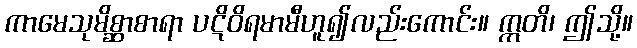
ကာမေသုမိစ္ဆာစာရာ ပဋိဝိရမာမီဟူ၍လည်းကောင်း။ ဣတိ၊ ဤသို့။